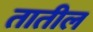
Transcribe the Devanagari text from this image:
तातील